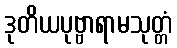
ဒုတိယပုဗ္ဗာရာမသုတ္တံ